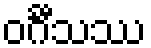
ဝင်္ဂီသဿ